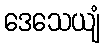
ဒေသေယျံ